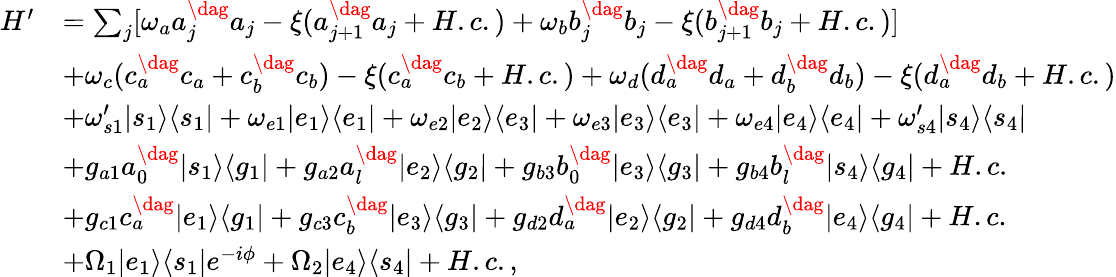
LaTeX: \begin{array}{rl}{H^{\prime}}&{=\sum_{j}[\omega_{a}a_{j}^{\dag}a_{j}-\xi(a_{j+1}^{\dag}a_{j}+H.c.)+\omega_{b}b_{j}^{\dag}b_{j}-\xi(b_{j+1}^{\dag}b_{j}+H.c.)]}\\ &{+\omega_{c}(c_{a}^{\dag}c_{a}+c_{b}^{\dag}c_{b})-\xi(c_{a}^{\dag}c_{b}+H.c.)+\omega_{d}(d_{a}^{\dag}d_{a}+d_{b}^{\dag}d_{b})-\xi(d_{a}^{\dag}d_{b}+H.c.)}\\ &{+\omega_{s1}^{\prime}|s_{1}\rangle\langle s_{1}|+\omega_{e1}|e_{1}\rangle\langle e_{1}|+\omega_{e2}|e_{2}\rangle\langle e_{3}|+\omega_{e3}|e_{3}\rangle\langle e_{3}|+\omega_{e4}|e_{4}\rangle\langle e_{4}|+\omega_{s4}^{\prime}|s_{4}\rangle\langle s_{4}|}\\ &{+g_{a1}a_{0}^{\dag}|s_{1}\rangle\langle g_{1}|+g_{a2}a_{l}^{\dag}|e_{2}\rangle\langle g_{2}|+g_{b3}b_{0}^{\dag}|e_{3}\rangle\langle g_{3}|+g_{b4}b_{l}^{\dag}|s_{4}\rangle\langle g_{4}|+H.c.}\\ &{+g_{c1}c_{a}^{\dag}|e_{1}\rangle\langle g_{1}|+g_{c3}c_{b}^{\dag}|e_{3}\rangle\langle g_{3}|+g_{d2}d_{a}^{\dag}|e_{2}\rangle\langle g_{2}|+g_{d4}d_{b}^{\dag}|e_{4}\rangle\langle g_{4}|+H.c.}\\ &{+\Omega_{1}|e_{1}\rangle\langle s_{1}|e^{-i\phi}+\Omega_{2}|e_{4}\rangle\langle s_{4}|+H.c.,}\end{array}